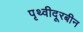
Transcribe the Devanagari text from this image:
पृथ्वीदूरबीन